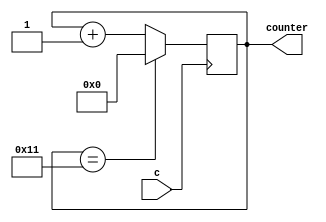
module third ( 
  input wire c, 
  output reg [4:0] counter
); 

always @(negedge c)
  counter <= counter == 17 ? 0 : counter + 1;

endmodule